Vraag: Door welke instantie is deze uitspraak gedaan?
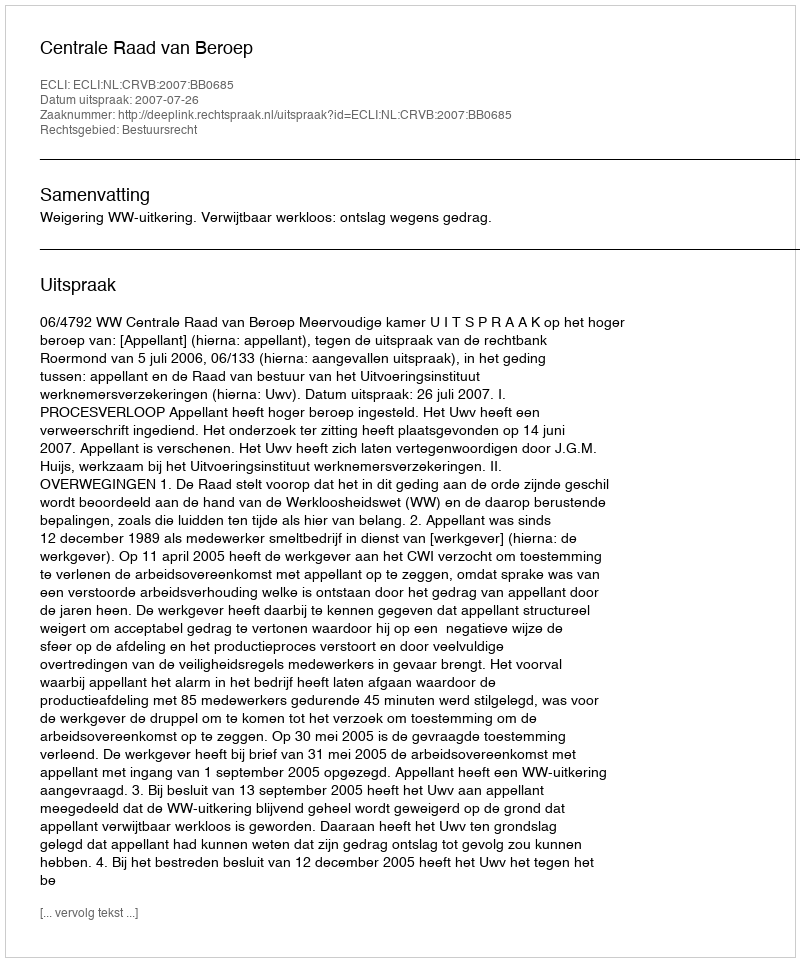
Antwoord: Centrale Raad van Beroep